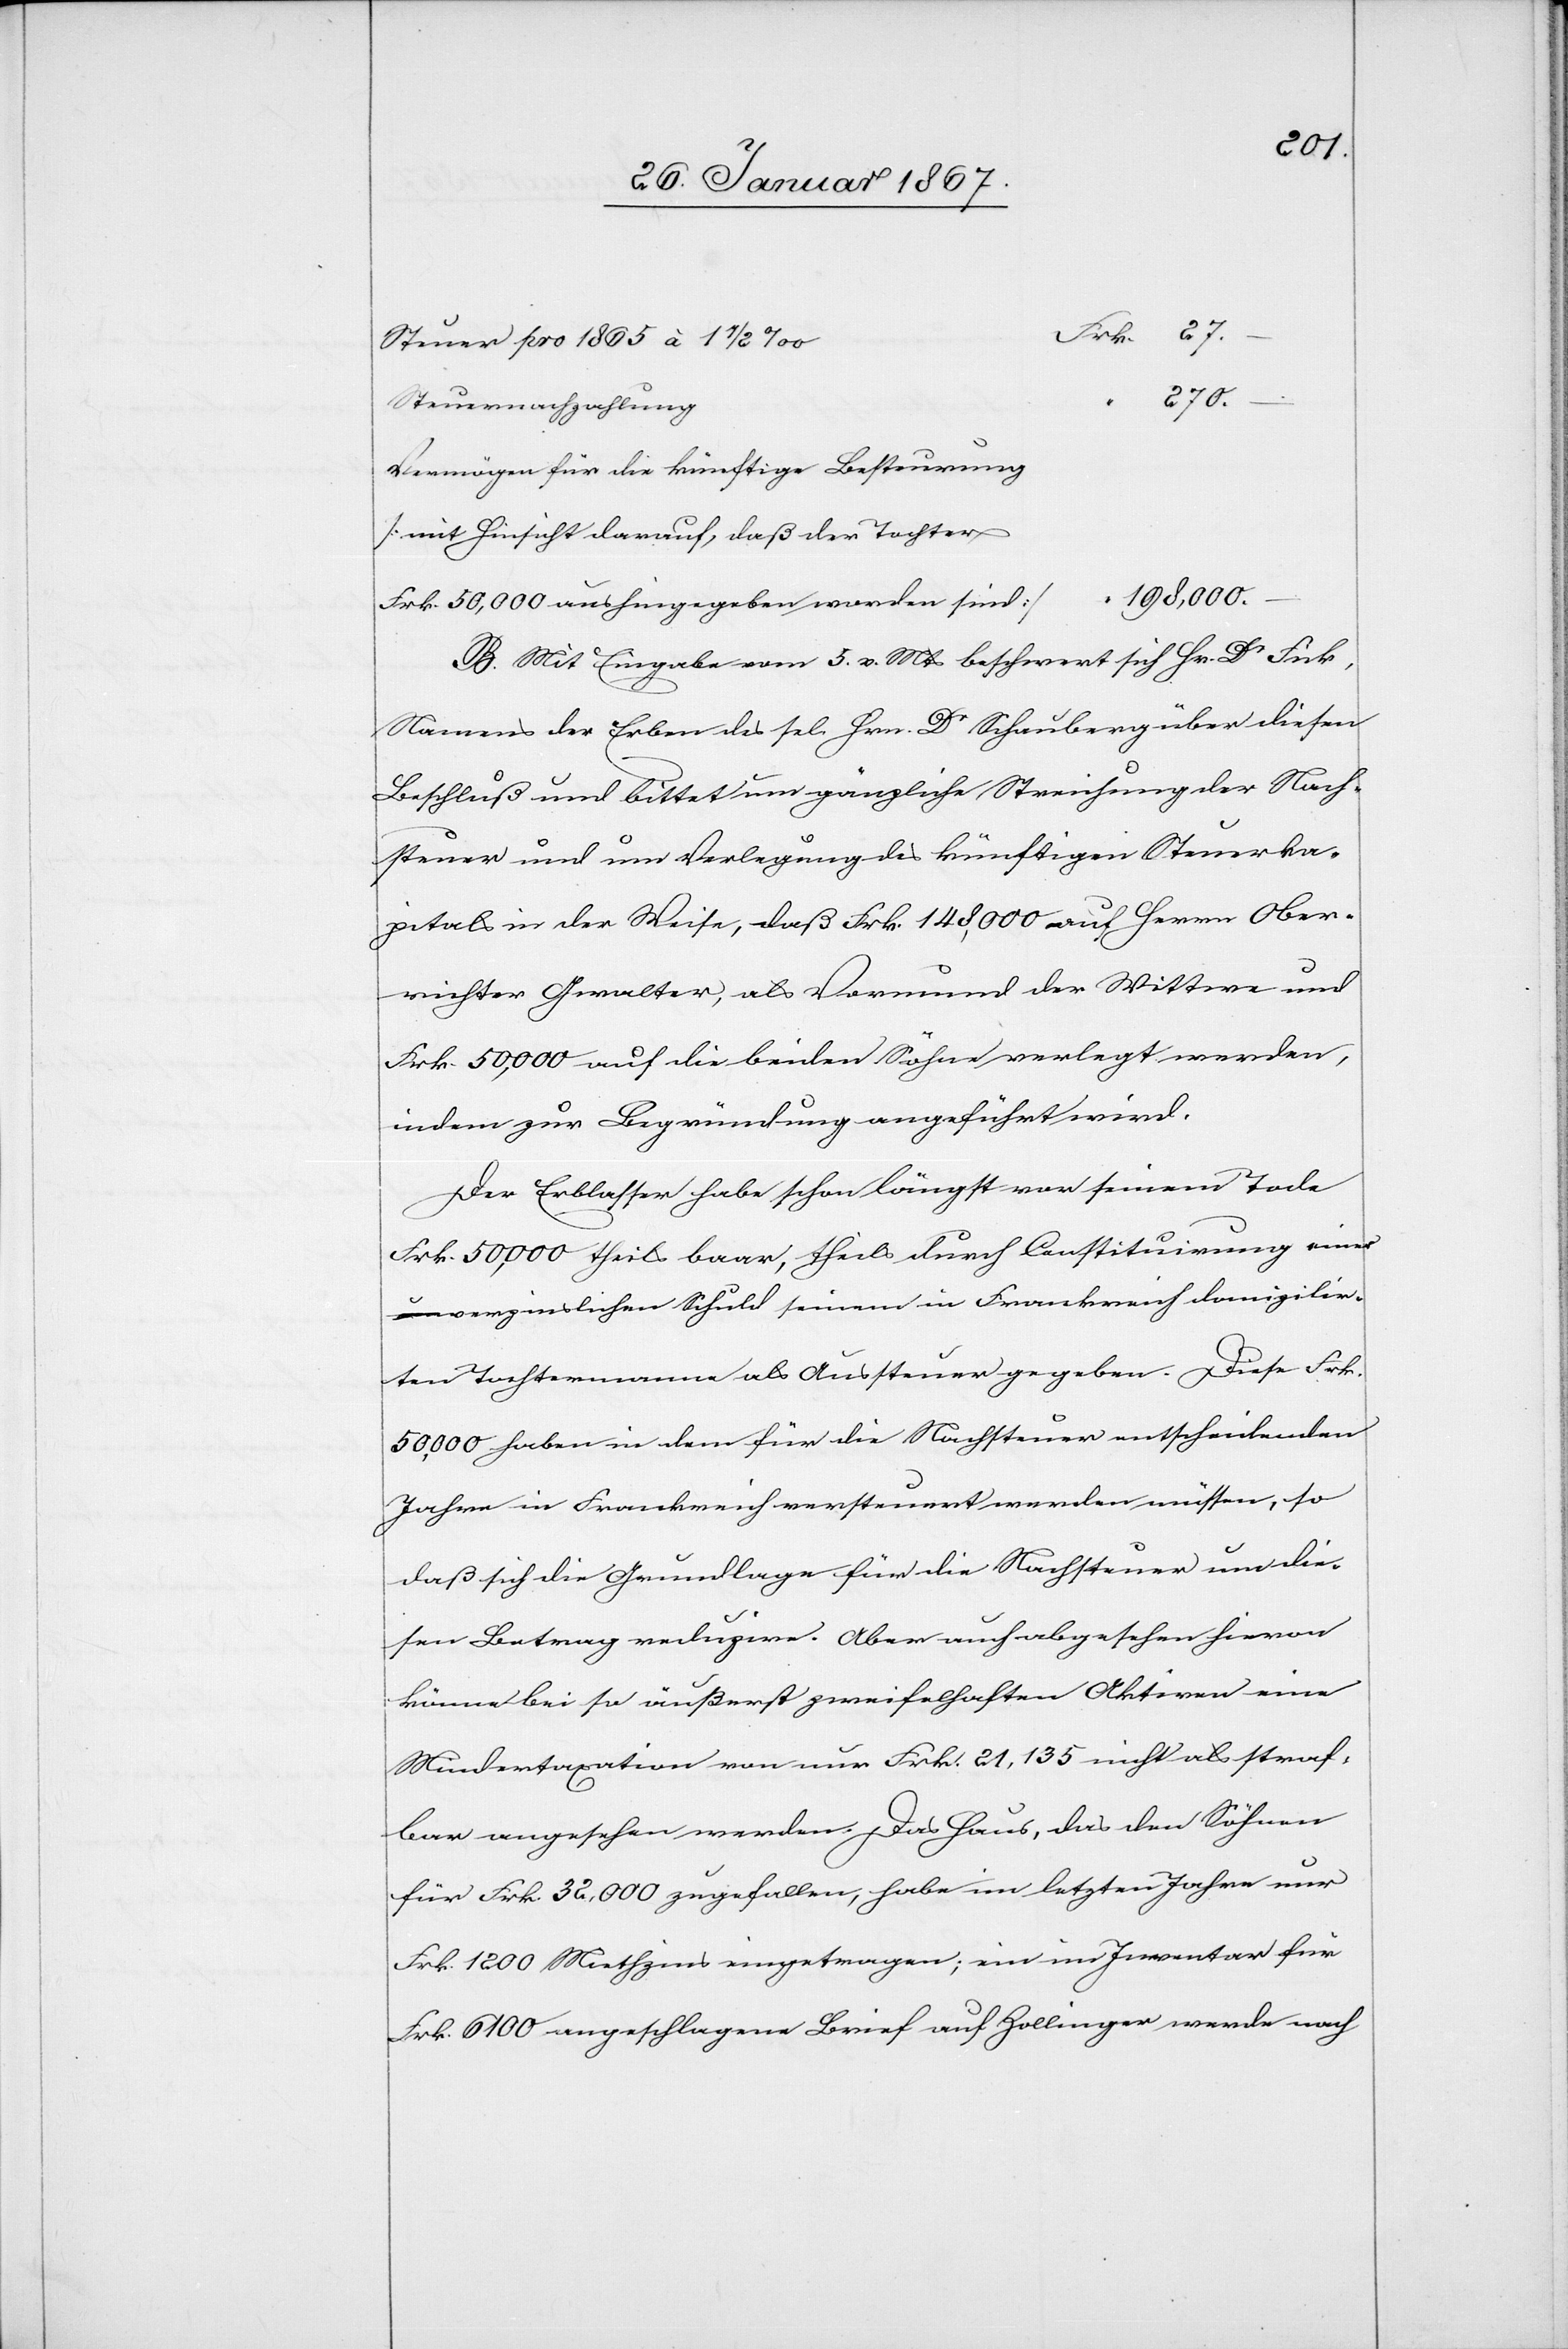
Steuer pro 1865 à 1 1/2
270.
Steuernachzahlung
Vermögen für die künftige Besteuerung
(mit Hinsicht darauf, daß der Tochter
Frk. 50,000 aushingegeben worden sind
B. Mit Eingabe vom 5. v. Mts beschwert sich Hr Dr Fick,
Namens der Erben des sel Hrn. Dr Schauberg über diesen
Beschluß und bittet um gänzliche Streichung der Nach¬
steuer und um Verlegung des künftigen Steuerka¬
pitals in der Weise, daß Frk. 148,000 auf Herrn Ober¬
richter Gwalter, als Vormund der Wittwe und
Frk. 50,000 auf die beiden Söhne verlegt werden,
indem zur Begründung angeführt wird:
Der Erblasser habe schon längst vor seinem Tode
Frk. 50,000 theils baar, theils durch Constituierung einer
verzinslichen Schuld seinem in Frankreich domizilir¬
ten Tochtermann als Aussteuer gegeben. Diese Frk.
50,000 haben in dem für die Nachsteuer entscheidenden
Jahre in Frankreich versteuert werden müssen, so
daß sich die Grundlage für die Nachsteuer um die¬
sen Betrag reduzire. Aber auch abgesehen hievon
könne bei so äußerst zweifelhaften Aktiven eine
Mindertaxation von nur Frk. 21,135 nicht als straf¬
bar angesehen werden. Das Haus, das den Söhnen
für Frk. 32,000 zugefallen, habe im letzten Jahre nur
Frk. 1200 Miethzins eingetragen; ein im Inventar für
Frk. 6100 angeschlagene[r] Brief auf Zollinger werde nach